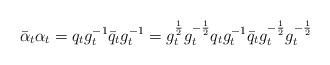
LaTeX: \begin{align*}\bar{\alpha}_t\alpha_t=q_tg_t^{-1}\bar{q}_tg_t^{-1}=g_t^{\frac{1}{2}}g_t^{-\frac{1}{2}}q_tg_t^{-1}\bar{q}_tg_t^{-\frac{1}{2}}g_t^{-\frac{1}{2}}\end{align*}